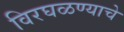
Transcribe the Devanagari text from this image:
विरघळण्याचे